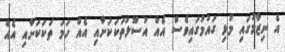
އެ ނިޒާމުގައި މުޅި ގައުމުގައިވެސް އެއް އުސޫލުތަކަކަށާއި އެއް ހަމަ ތަކަކަށާއި އެއް